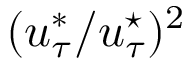
( u _ { \tau } ^ { * } / u _ { \tau } ^ { \star } ) ^ { 2 }